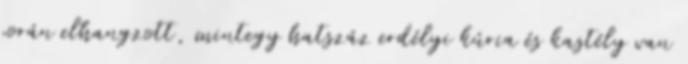
során elhangzott, mintegy hatszáz erdélyi kúria és kastély van